Code of medical and sanitary regulations for the guidance of medical officers serving in the Madras Presidency - Volume I
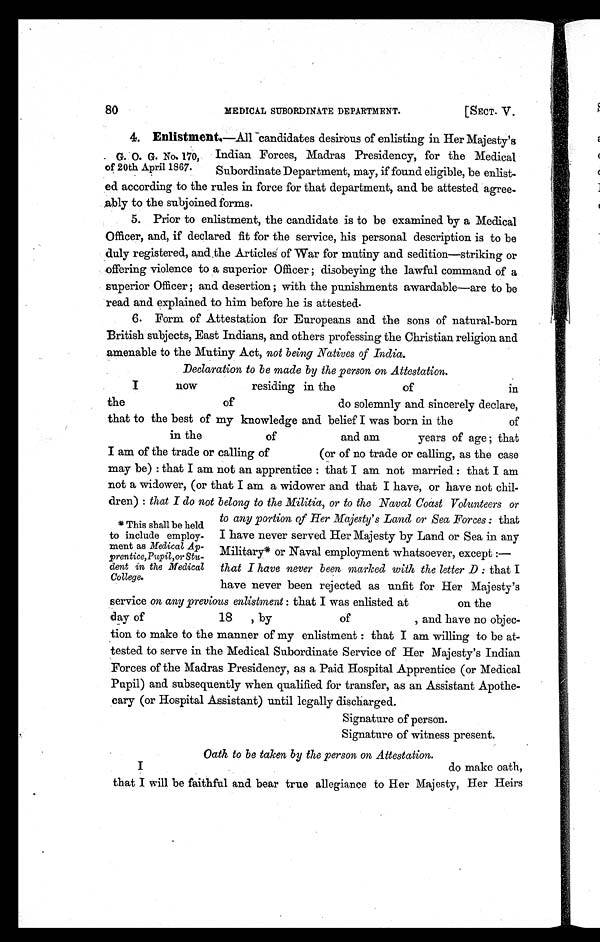
MEDICAL SUBORDINATE DEPARTMENT.
[SECT. V.
80
4. Enlistment.—All candidates desirous of enlisting in Her Majesty's
G. 0. G. No. 170, Indian Forces, Madras Presidency, for the Medical
of 20th April 1867. Subordinate Department, may, if found eligible, be enlist-
ed according to the rules in force for that department, and be attested agree-
ably to the subjoined forms.
5. Prior to enlistment, the candidate is to be examined by a Medical
Officer, and, if declared fit for the service, his personal description is to be
duly registered, and the Articles of War for mutiny and sedition—striking or
offering violence to a superior Officer ; disobeying the lawful command of a
superior Officer ; and desertion ; with the punishments awardable—are to be
read and explained to him before he is attested.
6. Form of Attestation for Europeans and the sons of natural-born
British subjects, East Indians, and others professing the Christian religion and
amenable to the Mutiny Act, not being Natives of India.
Declaration to be made by the person on Attestation.
I
now
residing in the
of
in
the
of
do solemnly and sincerely declare,
that to the best of my knowledge and belief I was born in the
of
in the
of
and am
years of age ; that
I am of the trade or calling of (or of no trade or calling, as the case
may be) : that I am not an apprentice : that I am not married : that I am
not a widower, (or that I am a widower and that I have, or have not chil-
dren) : that I do not belong to the Militia, or to the Naval Coast Volunteers or
* This shall be held
to include employ-
ment as Medical Ap-
prentice,Pupil,or Stu-
dent in the Medical
College.
to any portion of Her Majesty's Land or Sea Forces : that
I have never served Her Majesty by Land or Sea in any
Military* or Naval employment whatsoever, except :—
that I have never been marked with the letter D : that I
have never been rejected as unfit for Her Majesty's
service on any previous enlistment : that I was enlisted at
on the
day of 18 , by of , and have no objec-
tion to make to the manner of my enlistment : that I am willing to be at-
tested to serve in the Medical Subordinate Service of Her Majesty's Indian
Forces of the Madras Presidency, as a Paid Hospital Apprentice (or Medical
Pupil) and subsequently when qualified for transfer, as an Assistant Apothe-
cary (or Hospital Assistant) until legally discharged.
Signature of person.
Signature of witness present.
Oath to be taken by the person on Attestation.
that I will be faithful and bear true allegiance to Her Majesty, Her Heirs